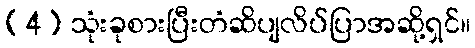
(4) သုံးခုစားပြီးတံဆိပျလိပ်ပြာအဆို့ရှင်။